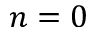
n = 0